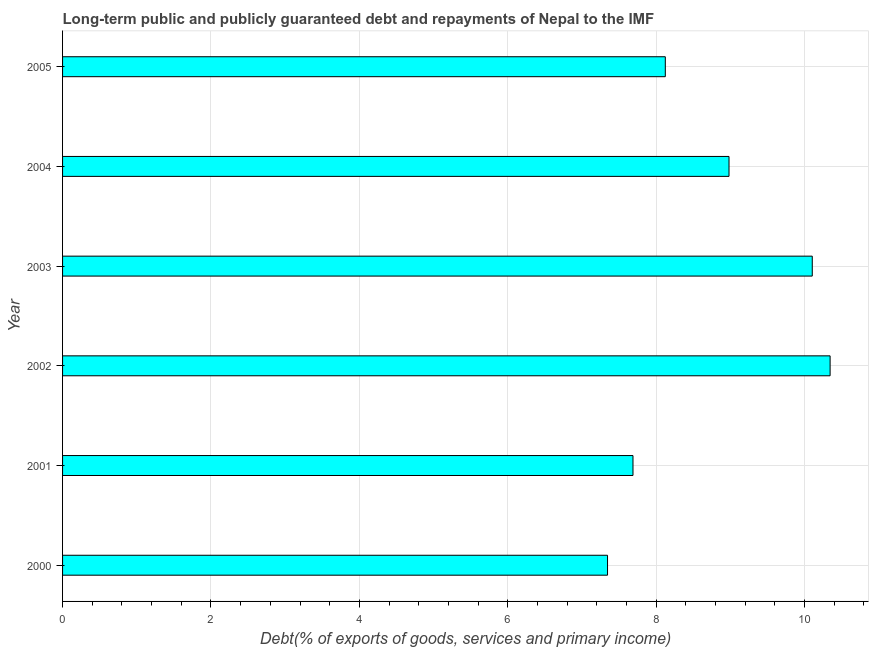
| Year | Debt service (PPG and IMF only) |
 | --- | --- |
 | 2000 | 7.34 |
 | 2001 | 7.69 |
 | 2002 | 10.3 |
 | 2003 | 10.1 |
 | 2004 | 8.98 |
 | 2005 | 8.12 |